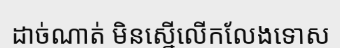
ដាច់ណាត់ មិនស្នើលើកលែងទោស